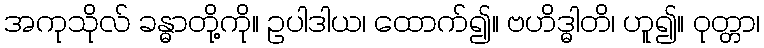
အကုသိုလ် ခန္ဓာတို့ကို။ ဥပါဒါယ၊ ထောက်၍။ ဗဟိဒ္ဓါတိ၊ ဟူ၍။ ဝုတ္တာ၊